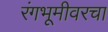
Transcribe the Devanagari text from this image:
रंगभूमीवरचा